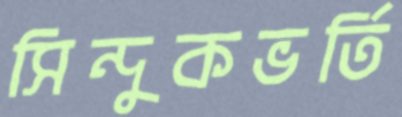
সিন্দুকভর্তি